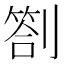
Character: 劄